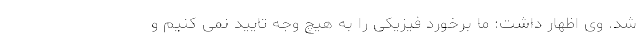
شد. وی اظهار داشت: ما برخورد فیزیکی را به هیچ وجه تایید نمی کنیم و